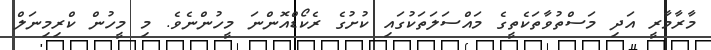
މާރާމާރީ އަދި މަސްތުވާތަކެތީގެ މައްސަލަތަކުގައި ކުށުގެ ރެކޯޑްއޮންނަ މީހުންނެވެ. މި މީހުން ކްރިމިނަލް